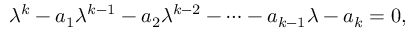
\lambda ^ { k } - a _ { 1 } \lambda ^ { k - 1 } - a _ { 2 } \lambda ^ { k - 2 } - \cdots - a _ { k - 1 } \lambda - a _ { k } = 0 ,